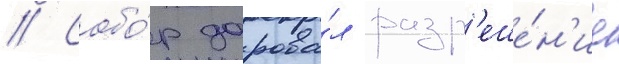
// Собо́р дарова́л разр'еше́н'ие